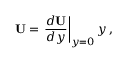
{ \bf U } = \left. \frac { d { \bf U } } { d y } \right| _ { y = 0 } y \, ,